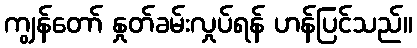
ကျွန်တော် နှုတ်ခမ်းလှုပ်ရန် ဟန်ပြင်သည်။